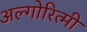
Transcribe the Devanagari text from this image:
अल्गोरित्मी